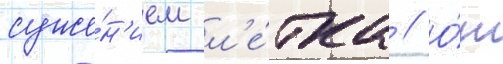
суже́н'ием л'е́тка // О́т